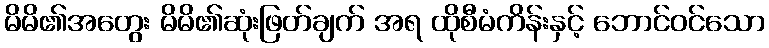
မိမိ၏အတွေး မိမိ၏ဆုံးဖြတ်ချက် အရ ထိုစီမံကိန်းနှင့် ဘောင်ဝင်သော